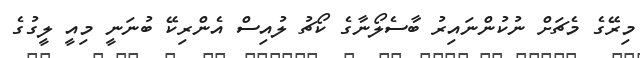
މިރޭގެ މެޗަށް ނުކުންނައިރު ބާސެލޯނާގެ ކޯޗު ލުއިސް އެންރިކޭ ބުނަނީ މިއީ ލީގުގެ